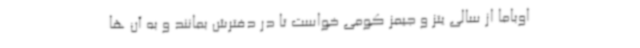
اوباما از سالی یتز و جیمز کومی خواست تا در دفترش بمانند و به آن ها